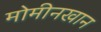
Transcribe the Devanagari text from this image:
मोमीनखान